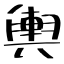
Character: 輿